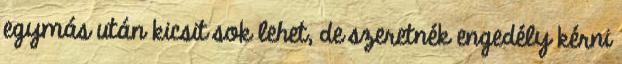
egymás után kicsit sok lehet, de szeretnék engedély kérni